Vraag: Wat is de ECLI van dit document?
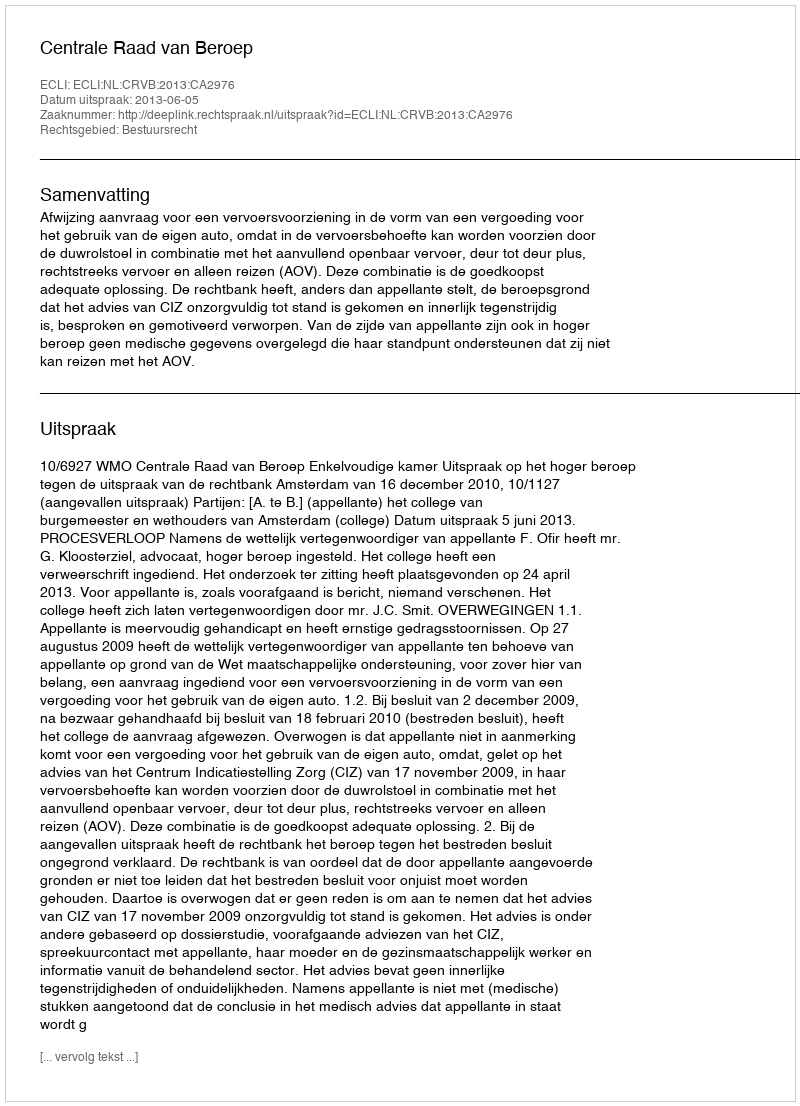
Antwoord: ECLI:NL:CRVB:2013:CA2976